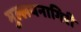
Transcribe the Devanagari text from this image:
मुल्लयनागिरी